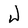
Character: W